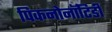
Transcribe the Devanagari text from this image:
पिकनोनॉटिडी